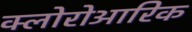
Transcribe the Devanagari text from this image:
क्लोरोआरिक